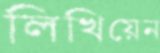
লিখিয়েন